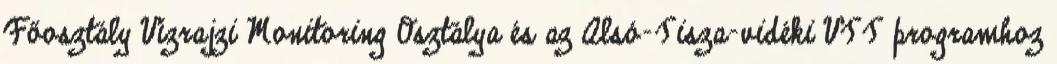
Főosztály Vízrajzi Monitoring Osztálya és az Alsó-Tisza-vidéki VTT programhoz